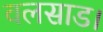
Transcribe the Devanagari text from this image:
वलसाड।